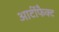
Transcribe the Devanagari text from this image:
आर्टीफैक्ट